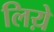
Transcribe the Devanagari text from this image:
लिय़े